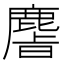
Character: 𫜎